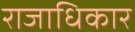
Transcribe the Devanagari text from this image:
राजाधिकार